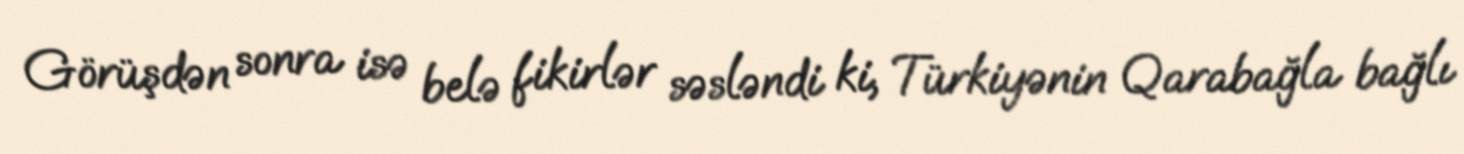
Görüşdən sonra isə belə fikirlər səsləndi ki, Türkiyənin Qarabağla bağlı